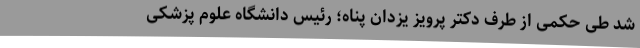
شد طی حکمی از طرف دکتر پرویز یزدان پناه؛ رئیس دانشگاه علوم پزشکی